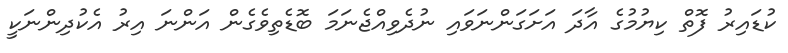
ކުޑައިރު ފޮތް ކިޔުމުގެ އާދަ އަށަގަންނަވައި ނުދެވިއްޖެނަމަ ބޮޑެތިވެގެން އަންނަ އިރު އެކުދިންނަކީ